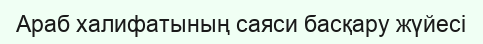
Араб халифатының саяси басқару жүйесі